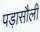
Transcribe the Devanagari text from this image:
पड़ासौली